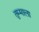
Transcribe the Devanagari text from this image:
तुम्माला